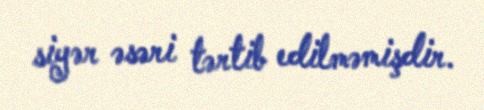
siyər əsəri tərtib edilməmişdir.